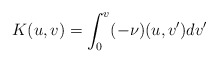
\begin{align*} K(u,v)=\int_0^v(-\nu)(u,v')dv'\end{align*}